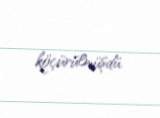
köçürülmüşdü.